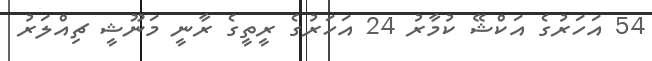
54 އަހަރުގެ އަކްޝޭ ކުމާރު 24 އަހަރުގެ ރީތީގެ ރާނީ މަނޫޝީ ޗިއްލަރު